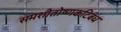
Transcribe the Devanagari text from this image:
समशीतोष्णकटिबंध